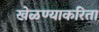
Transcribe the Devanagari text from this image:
खेळण्याकरिता